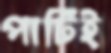
পার্টিই